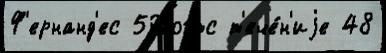
Ф'ернанд'ес 50вогтс т'ече́н'иjе 48